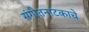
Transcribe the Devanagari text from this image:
संगीतनाटकाचे